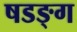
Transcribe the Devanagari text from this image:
षडङ्ग